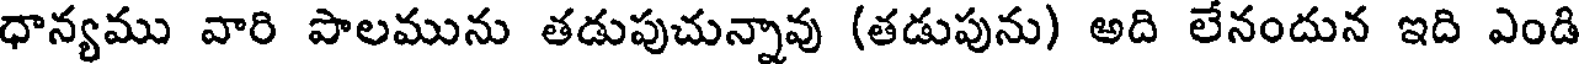
ధాన్యము వారి పొలమును తడుపుచున్నావు (తడుపును) అది లేనందున ఇది ఎండి